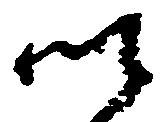
郷